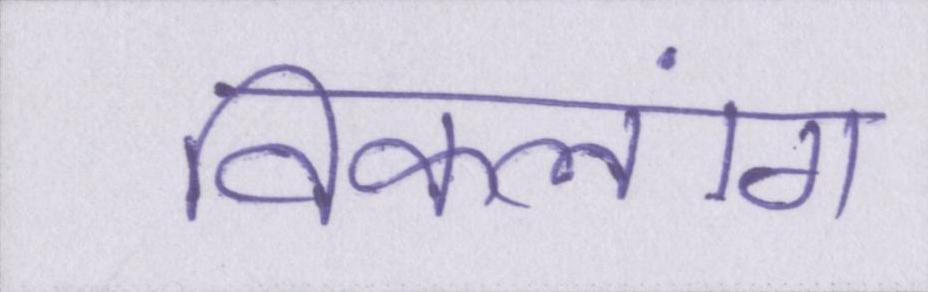
विकलांग